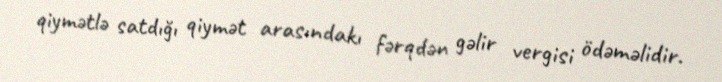
qiymətlə satdığı qiymət arasındakı fərqdən gəlir vergisi ödəməlidir.